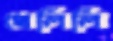
খেলিলি